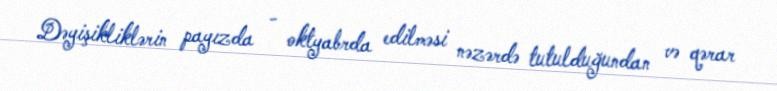
Dəyişikliklərin payızda - oktyabrda edilməsi nəzərdə tutulduğundan və qərar